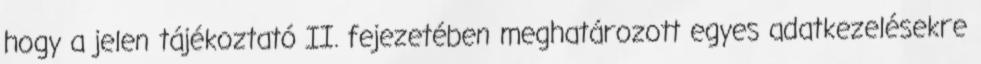
hogy a jelen tájékoztató II. fejezetében meghatározott egyes adatkezelésekre